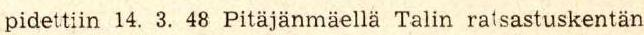
pidettiin 14. 3. 48 Pitäjänmäellä Talin ratsastuskentän